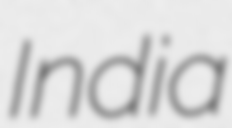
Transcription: India